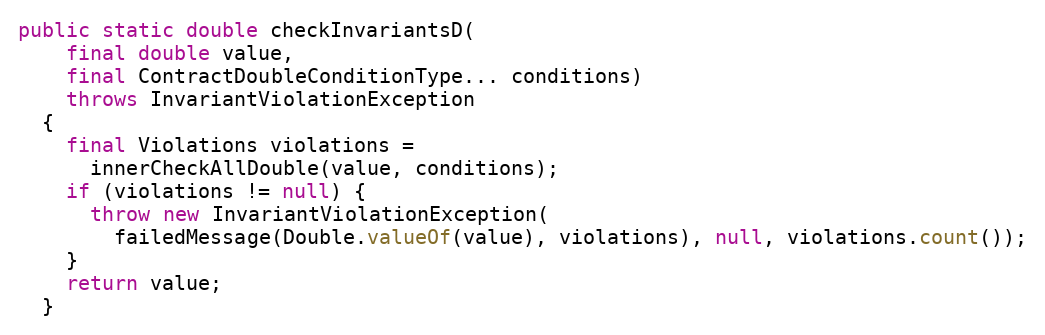
Language: Java
public static double checkInvariantsD(
    final double value,
    final ContractDoubleConditionType... conditions)
    throws InvariantViolationException
  {
    final Violations violations =
      innerCheckAllDouble(value, conditions);
    if (violations != null) {
      throw new InvariantViolationException(
        failedMessage(Double.valueOf(value), violations), null, violations.count());
    }
    return value;
  }